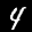
Label: 4